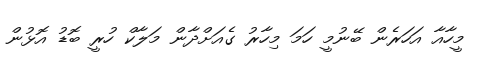
މީހާއާ އަހަރެން ބޭނުމީ ހަމަ މިހާރު ގެއަށްދާން މަލާކް ހުރީ ބޮޑު އޮޅުން